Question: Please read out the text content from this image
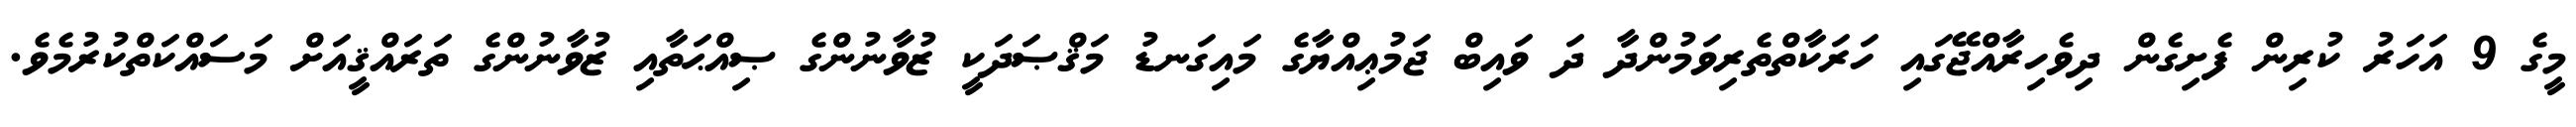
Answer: މީގެ 9 އަހަރު ކުރިން ފެށިގެން ދިވެހިރާއްޖޭގައި ހަރަކާތްތެރިވަމުންދާ ދަ ވައިބް ޖަމުޢިއްޔާގެ މައިގަނޑު މަޤްޞަދަކީ ޒުވާނުންގެ ޞިއްޙަތާއި ޒުވާނުންގެ ތަރައްޤީއަށް މަސައްކަތްކުރުމެވެ.